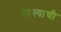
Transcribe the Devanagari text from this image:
हास्याची